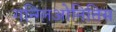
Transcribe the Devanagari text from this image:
गन्ग्लिओनितिस